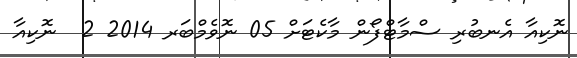
ނޮކިއާ އެނބުރި ސްމާޓްފޯން މާކެޓަށް 05 ނޮވެމްބަރ 2014 2  ނޮކިއާ